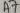
Text: A7